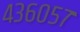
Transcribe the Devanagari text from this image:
४३६०५७